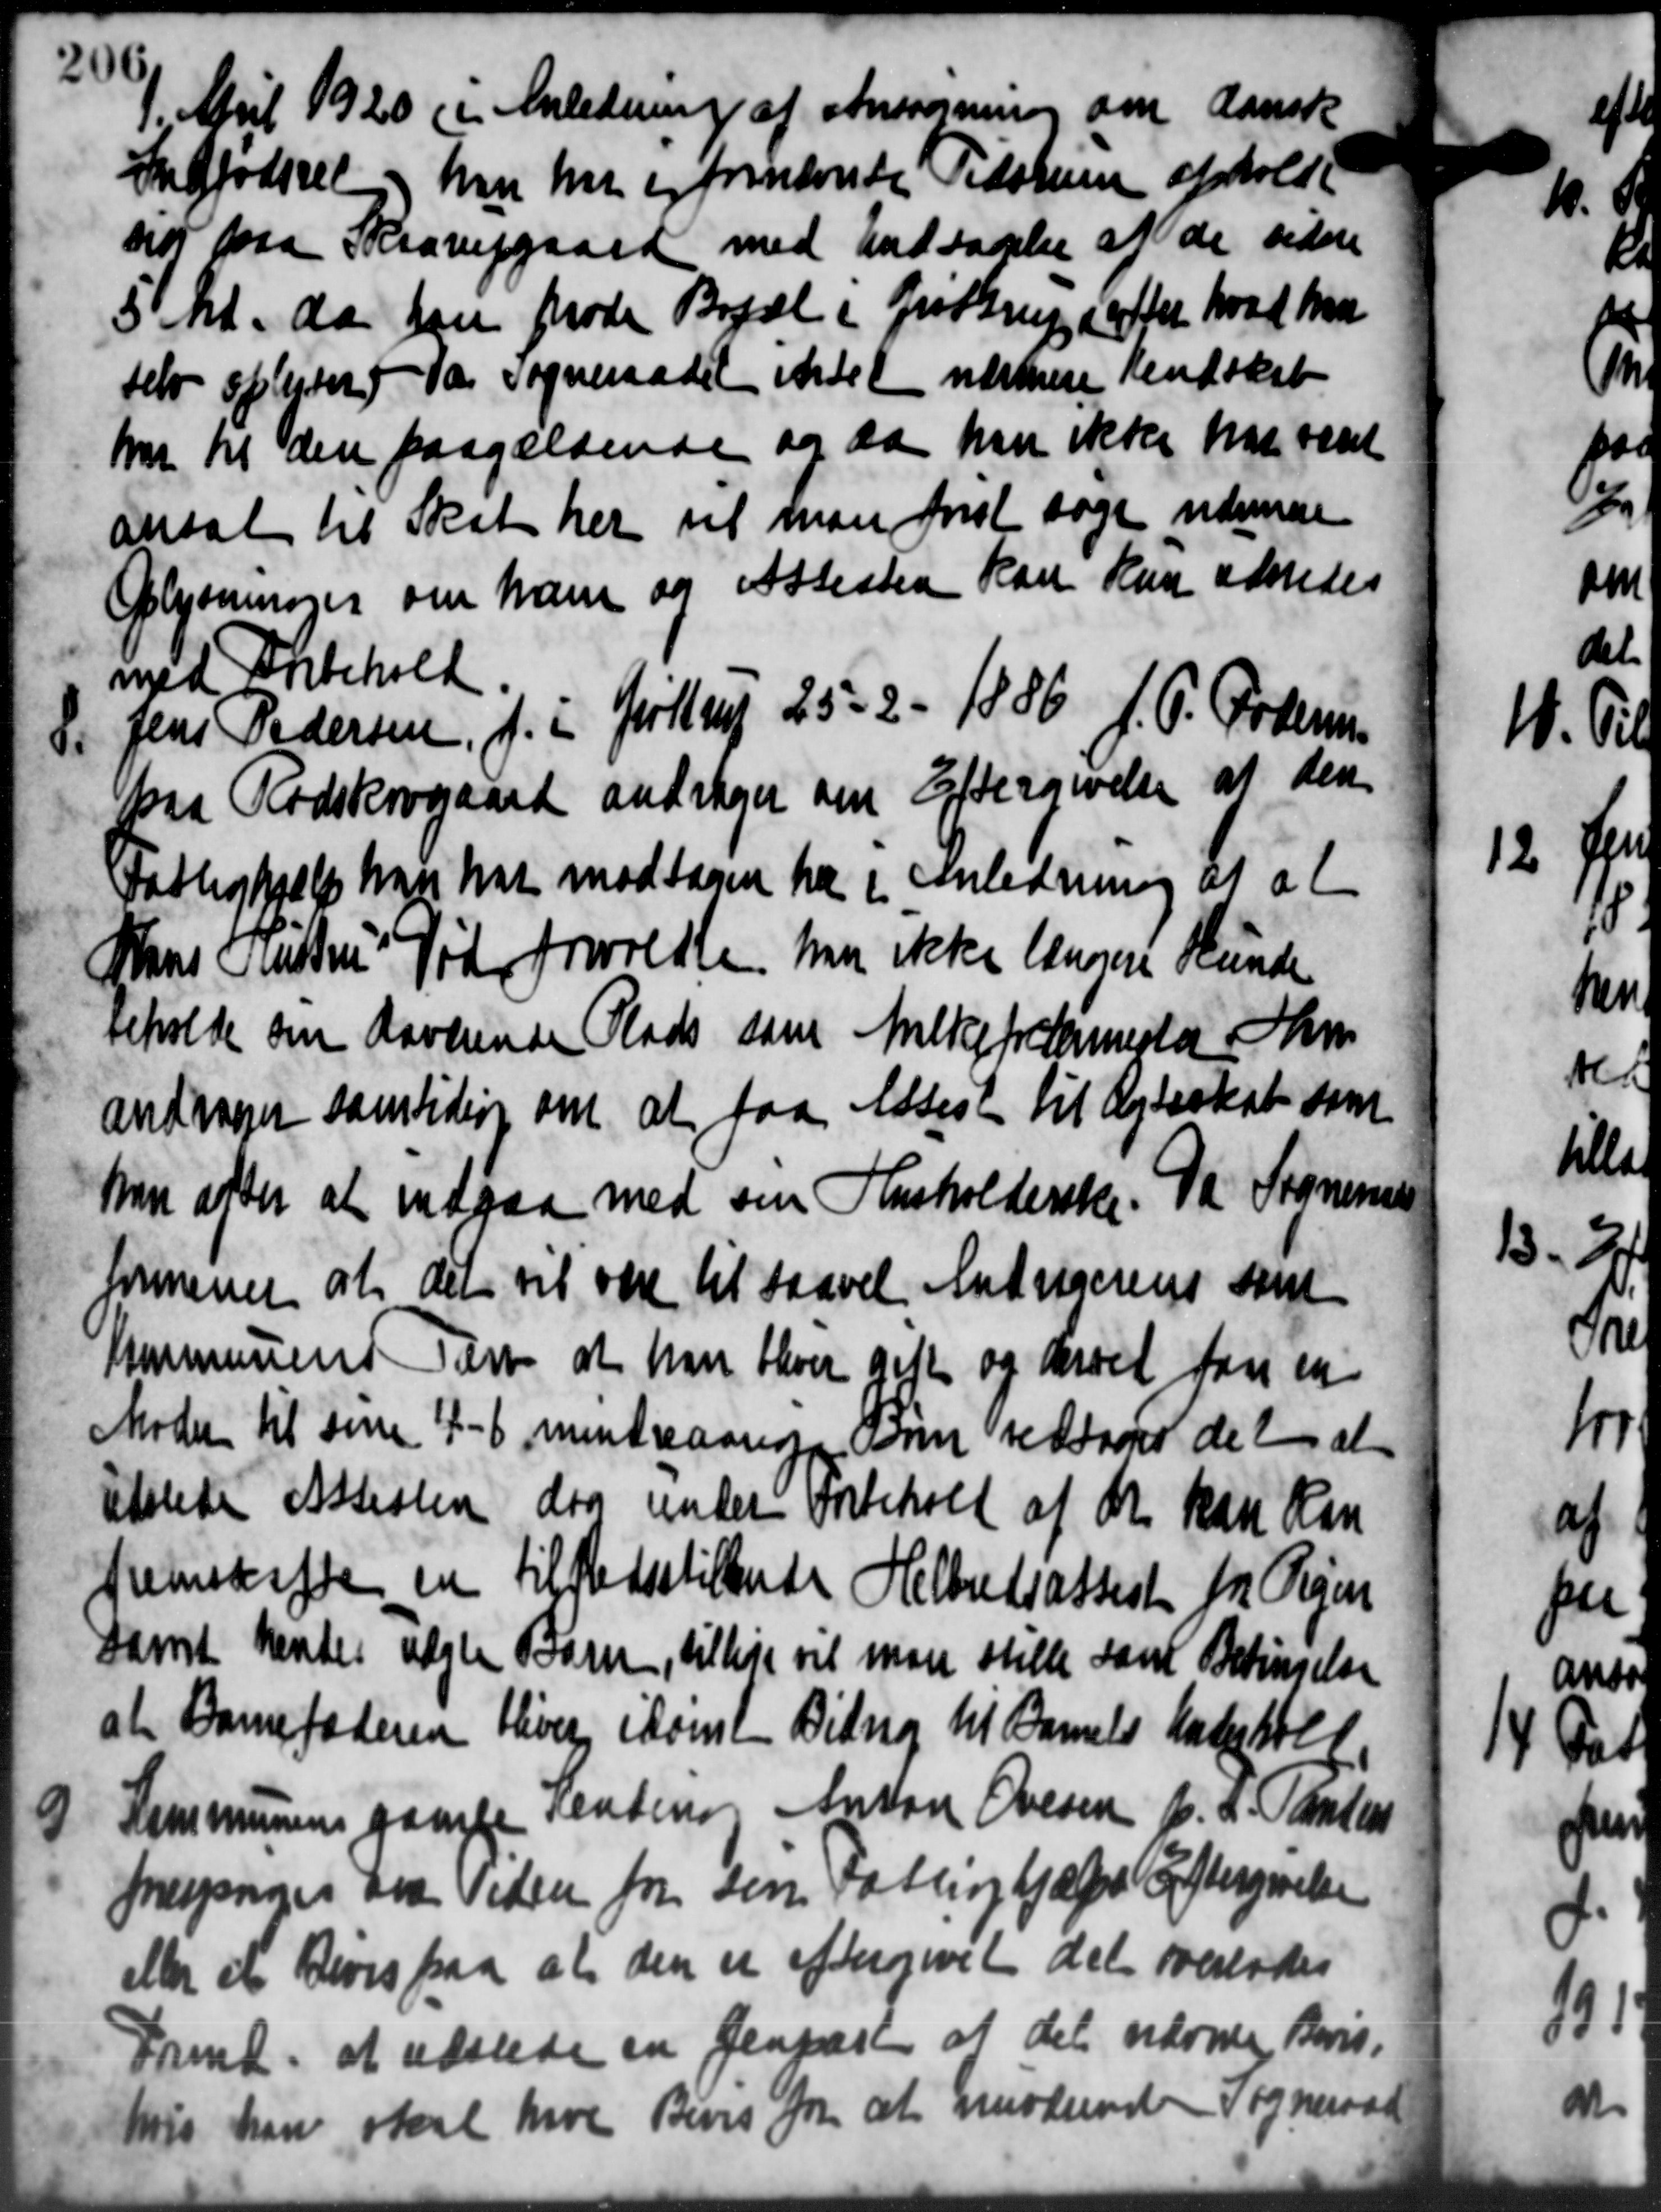
Transskription:
1. April 1920 i Anledning af Ansøgning om dansk
1. April 1920 i Anledning af Ansøgning om dansk
Indfødsret, hvor har er fremsende Tidskur opholdt
nd paa Skravergaard med Undtagelse af de sidne
5 kl. da han møde Bopæl i Grøttrup i efter hvad han
selv oplyster da Sogneraadet indet næstere Rendskab
har til den paagældende og da han ikke har været
ansat til Skat her vil man først søge nærmere
Oplysninger om ham og Attesten kan kun udredes
med Forbehold

Jens Pedersen, f. i Justrup 25 - 2 - 1886, J. P. Pedersen
paa Rødskovgaard andrager om Eftergivelse at den
Fattighjælp han har modtagen har i Anledning af at
Hans Indstru Søder forvoldte har ikke leverere Hunde
beholde om Laverende Plads som Anlefrataresta Sam
andrager samtidig om at faa Assest til Ægteskab som
han efter at indgaa med sin Husholderske. Da Sogneraad
formener at det vil være til saavel Andragerens som
Kommunens være at han bhver gifte og troet for en
Møder til sine 4 -6 mindreaarige som vedtoges det at
Etelette Assisten daa under indehold af de kan kan
fremskaffe en tilfredsstilende Helbedsattest for Vigen
samt hender uægte Barn, tillige vil man stille samt Betingelse
at Barnefaderen bliver i konst Bidrag til Barnets Anderhold
3
Kommunens gamle restine Anton Ovesen f. A. Paulsen
forespørger der Tiden for sin Fattighjælpeløftergivelse
eller et Divis paa at den er eftergivet det overlodes
Fremt at udstede en Genpart at det nævne Bevis-
Migs han staal have Bives fra at mindsende Sogneraad